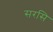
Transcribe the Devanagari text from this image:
सरसि